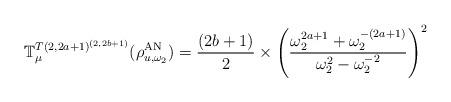
LaTeX: \begin{align*} \mathbb{T}^{T(2,2a+1)^{(2,2b+1)}}_{\mu}(\rho^{\rm{AN}}_{u,\omega_2}) = \frac{(2b+1)}{2} \times \left( \frac{\omega_2^{2a+1}+\omega_2^{-(2a+1)}}{\omega_2^{2}-\omega_2^{-2}} \right)^2\end{align*}